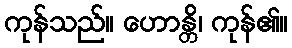
ကုန်သည်။ ဟောန္တိ၊ ကုန်၏။